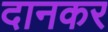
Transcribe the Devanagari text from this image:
दानकर